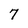
Character: 7